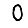
Digit: 0